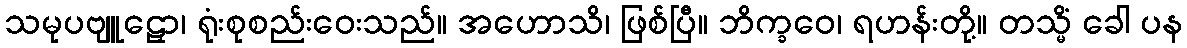
သမုပဗျူဠှော၊ ရုံးစုစည်းဝေးသည်။ အဟောသိ၊ ဖြစ်ပြီ။ ဘိက္ခဝေ၊ ရဟန်းတို့။ တသ္မိံ ခေါ ပန